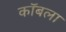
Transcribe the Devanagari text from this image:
कॉबला